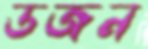
ডজন